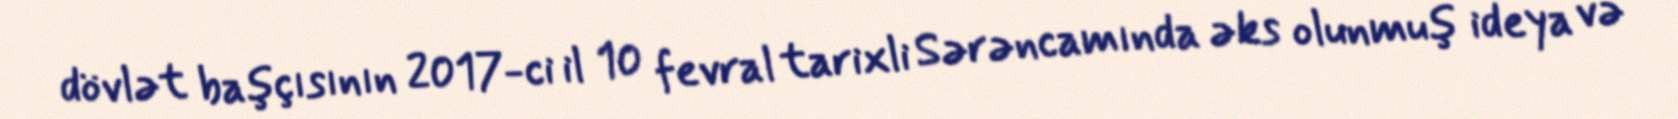
dövlət başçısının 2017-ci il 10 fevral tarixli Sərəncamında əks olunmuş ideya və